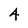
Character: 4